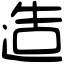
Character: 造